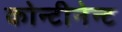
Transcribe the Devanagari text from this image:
कोन्टीनेन्ट